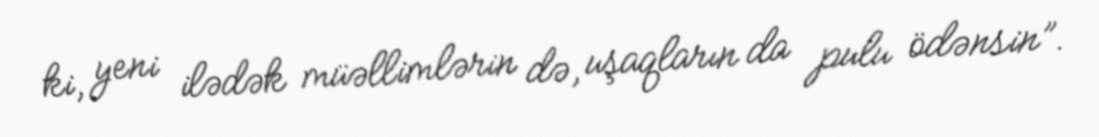
ki, yeni ilədək müəllimlərin də, uşaqların da pulu ödənsin”.